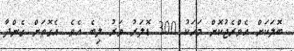
ބޮލަކަށް އެވްރެޖުކޮށް މަހަކު 300 ޑޮލަރު ވަރު ލިބެ އެވެ. އެގޮތަށް ގެންދާ